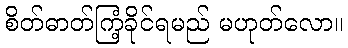
စိတ်ဓာတ်ကြံ့ခိုင်ရမည် မဟုတ်လော။